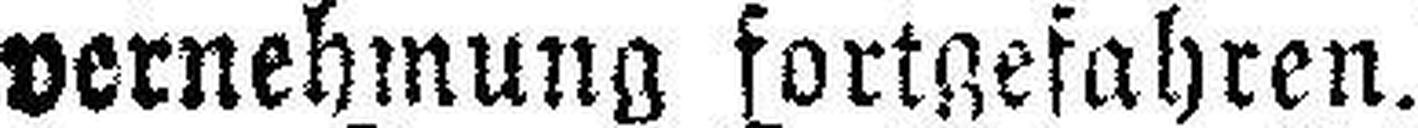
vernehmung fortgefahren.